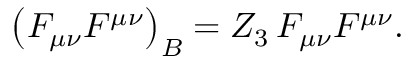
\left( F _ { \mu \nu } F ^ { \mu \nu } \right) _ { B } = Z _ { 3 } \, F _ { \mu \nu } F ^ { \mu \nu } .